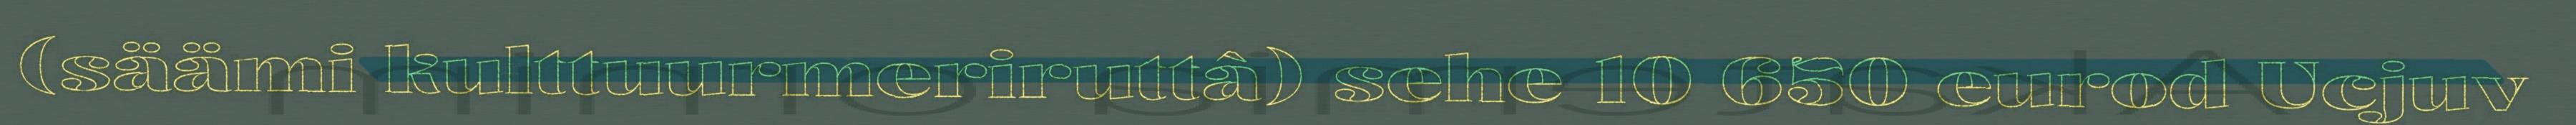
(säämi kulttuurmeriruttâ) sehe 10 650 eurod Ucjuv